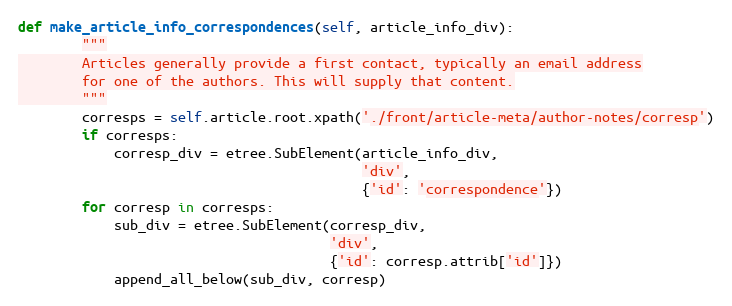
Language: Python
def make_article_info_correspondences(self, article_info_div):
        """
        Articles generally provide a first contact, typically an email address
        for one of the authors. This will supply that content.
        """
        corresps = self.article.root.xpath('./front/article-meta/author-notes/corresp')
        if corresps:
            corresp_div = etree.SubElement(article_info_div,
                                           'div',
                                           {'id': 'correspondence'})
        for corresp in corresps:
            sub_div = etree.SubElement(corresp_div,
                                       'div',
                                       {'id': corresp.attrib['id']})
            append_all_below(sub_div, corresp)